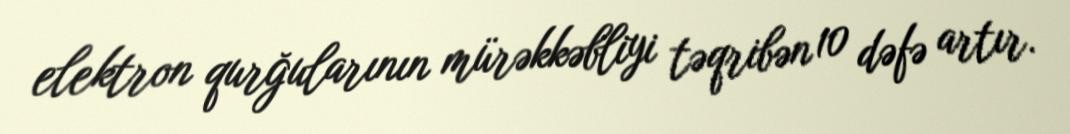
elektron qurğularının mürəkkəbliyi təqribən 10 dəfə artır.